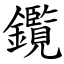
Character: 鑬